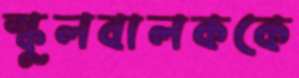
স্কুলবালককে